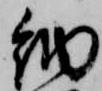
納